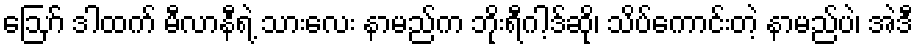
ဪ ဒါထက် မီလာနီရဲ့ သားလေး နာမည်က ဘိုးရီဂါ့ဒ်ဆို၊ သိပ်ကောင်းတဲ့ နာမည်ပဲ၊ အဲဒီ